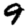
Digit: 9